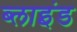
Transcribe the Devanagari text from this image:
ब्‍लाइंड